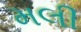
મલી